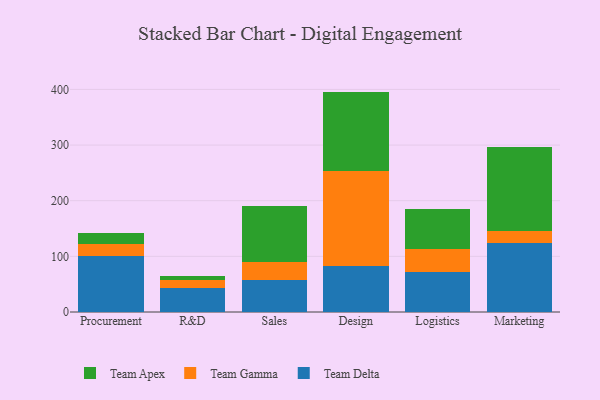
{"axis": {"x": "Department", "y": "Net Income (USD K)"}, "legend": ["Team Apex", "Team Delta", "Team Gamma"], "data": [{"x": "Procurement", "y": 100.3, "type": "Team Delta"}, {"x": "Procurement", "y": 21.9, "type": "Team Gamma"}, {"x": "Procurement", "y": 19.2, "type": "Team Apex"}, {"x": "R&D", "y": 42.6, "type": "Team Delta"}, {"x": "R&D", "y": 14.8, "type": "Team Gamma"}, {"x": "R&D", "y": 7.1, "type": "Team Apex"}, {"x": "Sales", "y": 57.3, "type": "Team Delta"}, {"x": "Sales", "y": 32.5, "type": "Team Gamma"}, {"x": "Sales", "y": 100.2, "type": "Team Apex"}, {"x": "Design", "y": 82.7, "type": "Team Delta"}, {"x": "Design", "y": 171.0, "type": "Team Gamma"}, {"x": "Design", "y": 142.4, "type": "Team Apex"}, {"x": "Logistics", "y": 71.7, "type": "Team Delta"}, {"x": "Logistics", "y": 41.5, "type": "Team Gamma"}, {"x": "Logistics", "y": 72.5, "type": "Team Apex"}, {"x": "Marketing", "y": 124.9, "type": "Team Delta"}, {"x": "Marketing", "y": 19.9, "type": "Team Gamma"}, {"x": "Marketing", "y": 151.5, "type": "Team Apex"}]}